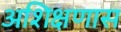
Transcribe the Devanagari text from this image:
अशिक्षणास